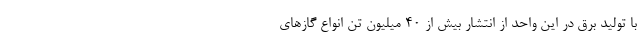
با تولید برق در این واحد از انتشار بیش از ۴۰ میلیون تن انواع گازهای